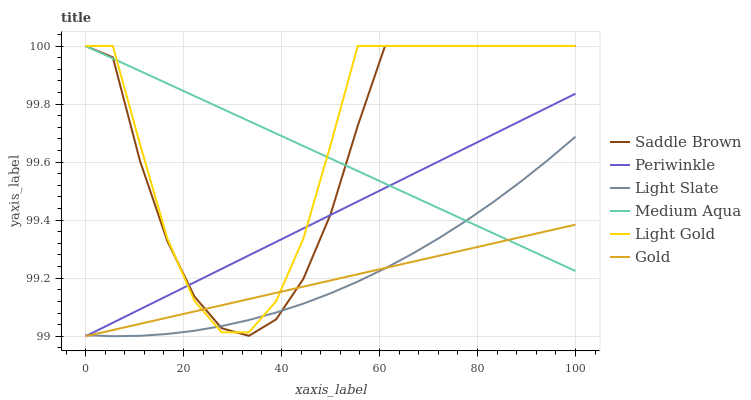
| xaxis_label | Saddle Brown | Periwinkle | Light Slate | Medium Aqua | Light Gold | Gold |
 | --- | --- | --- | --- | --- | --- | --- |
 | 0 | 100 | 99 | 99 | 100 | 100 | 99 |
 | 5.56 | 100 | 99 | 99 | 100 | 100 | 99 |
 | 11.1 | 99.6 | 99.1 | 99 | 99.9 | 99.7 | 99 |
 | 16.7 | 99.3 | 99.1 | 99 | 99.9 | 99.3 | 99.1 |
 | 22.2 | 99.1 | 99.2 | 99 | 99.8 | 99.1 | 99.1 |
 | 27.8 | 99 | 99.2 | 99 | 99.8 | 99 | 99.1 |
 | 33.3 | 99 | 99.3 | 99.1 | 99.7 | 99 | 99.1 |
 | 38.9 | 99.1 | 99.3 | 99.1 | 99.7 | 99.1 | 99.1 |
 | 44.4 | 99.2 | 99.4 | 99.1 | 99.7 | 99.3 | 99.2 |
 | 50 | 99.4 | 99.4 | 99.1 | 99.6 | 99.7 | 99.2 |
 | 55.6 | 99.7 | 99.5 | 99.2 | 99.6 | 100 | 99.2 |
 | 61.1 | 100 | 99.5 | 99.2 | 99.5 | 100 | 99.2 |
 | 66.7 | 100 | 99.6 | 99.3 | 99.5 | 100 | 99.3 |
 | 72.2 | 100 | 99.6 | 99.3 | 99.4 | 100 | 99.3 |
 | 77.8 | 100 | 99.7 | 99.4 | 99.4 | 100 | 99.3 |
 | 83.3 | 100 | 99.7 | 99.5 | 99.4 | 100 | 99.3 |
 | 88.9 | 100 | 99.7 | 99.5 | 99.3 | 100 | 99.3 |
 | 94.4 | 100 | 99.8 | 99.6 | 99.3 | 100 | 99.4 |
 | 100 | 100 | 99.8 | 99.7 | 99.2 | 100 | 99.4 |